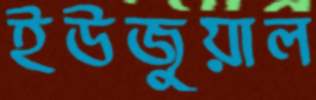
ইউজুয়াল